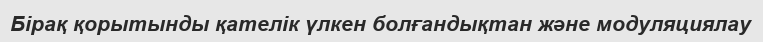
Бірақ қорытынды қателік үлкен болғандықтан және модуляциялау